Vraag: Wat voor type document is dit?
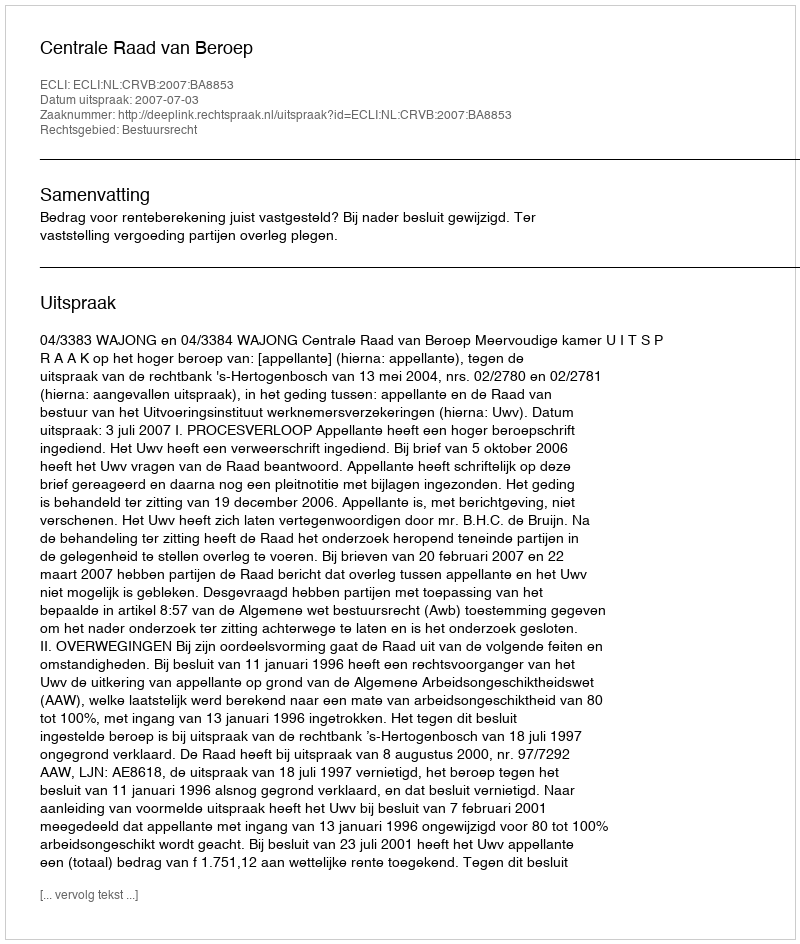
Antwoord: Uitspraak